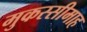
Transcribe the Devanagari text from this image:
मुकस्सीमाह